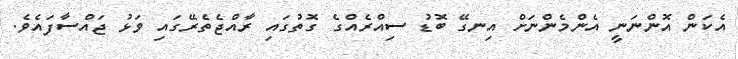
އެކަން އޮންނަނީ އެންމެންނަށް އިނގޭ ބޮޑު ސިއްރެއްގެ ގޮތުގައި ރާއްޖެތެރޭގައި ވަޅު ޖައްސާފައެވެ.